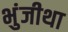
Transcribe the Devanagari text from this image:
भुंजीथा